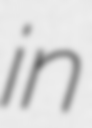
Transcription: in